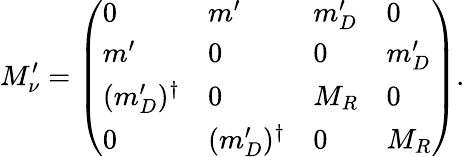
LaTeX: M_{\nu}^{\prime}=\left(\begin{array}{llll}{{0}}&{{m^{\prime}}}&{{m_{D}^{\prime}}}&{{0}}\\ {{m^{\prime}}}&{{0}}&{{0}}&{{m_{D}^{\prime}}}\\ {{(m_{D}^{\prime})^{\dagger}}}&{{0}}&{{M_{R}}}&{{0}}\\ {{0}}&{{(m_{D}^{\prime})^{\dagger}}}&{{0}}&{{M_{R}}}\end{array}\right).